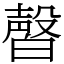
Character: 㿦